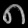
Digit: ၈